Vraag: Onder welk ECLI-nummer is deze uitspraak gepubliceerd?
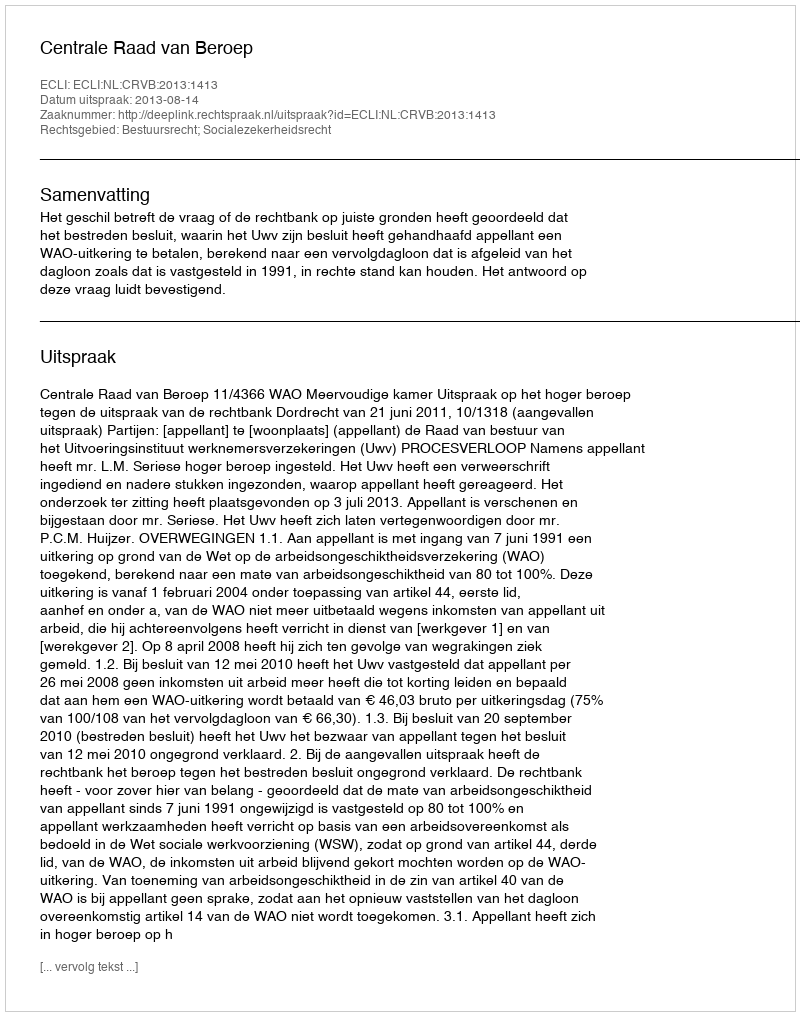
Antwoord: ECLI:NL:CRVB:2013:1413